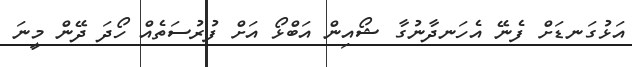
އަޅުގަނޑަށް ފެނޭ އެހަނދާނުގާ ޝޯއިން އަބްޅޯ އަށް ފުރުސަތެއް ހޯދަ ދޭން މީނަ